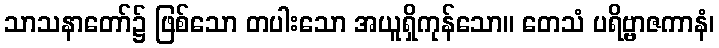
သာသနာတော်၌ ဖြစ်သော တပါးသော အယူရှိကုန်သော။ တေသံ ပရိဗ္ဗာဇကာနံ၊